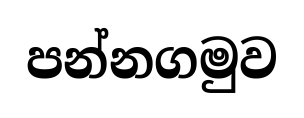
පන්නගමුව